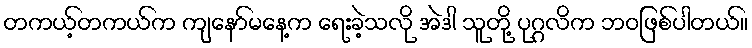
တကယ့်တကယ်က ကျနော်မနေ့က ရေးခဲ့သလို အဲဒါ သူတို့ ပုဂ္ဂလိက ဘဝဖြစ်ပါတယ်။